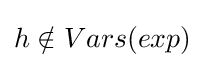
h\notin Vars(exp)